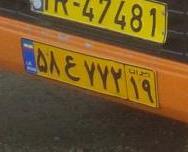
۵۸ع۷۷۲۱۹